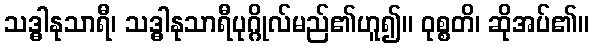
သဒ္ဓါနုသာရီ၊ သဒ္ဓါနုသာရီပုဂ္ဂိုလ်မည်၏ဟူ၍။ ဝုစ္စတိ၊ ဆိုအပ်၏။